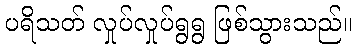
ပရိသတ် လှုပ်လှုပ်ရွရွ ဖြစ်သွားသည်။